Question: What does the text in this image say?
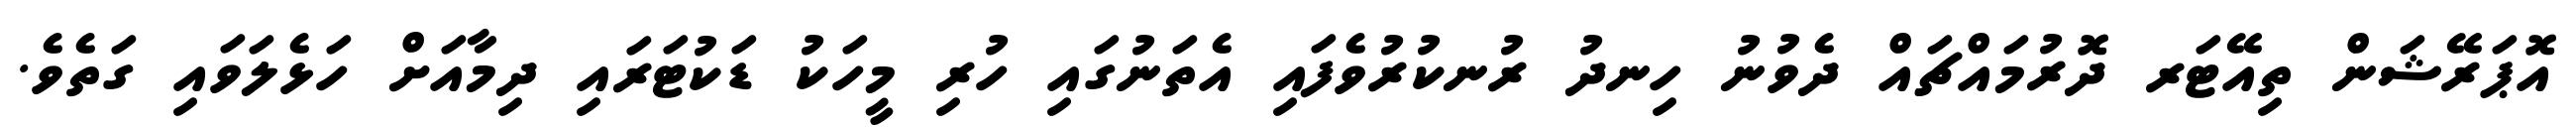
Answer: އޮޕަރޭޝަން ތިއޭޓަރ ދޮރުމައްޗައް ދެވުނު ހިނދު ރުނކުރުވެފައި އެތަނުގައި ހުރި މީހަކު ޑަކުޓަރައި ދިމާއަށް ހަޅެލަވައި ގަތެވެ.